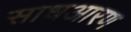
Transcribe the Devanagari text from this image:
साधआरण